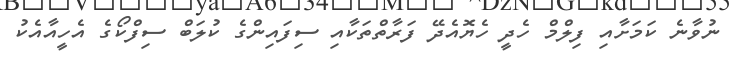
ނުވާނެ ކަމަށާއި ފިލްމް ހެދީ ހެޔޮއެދޭ ފަރާތްތަކާއި ސިފައިންގެ ކުލަބް ސިފްކޯގެ އެހީއާއެކު